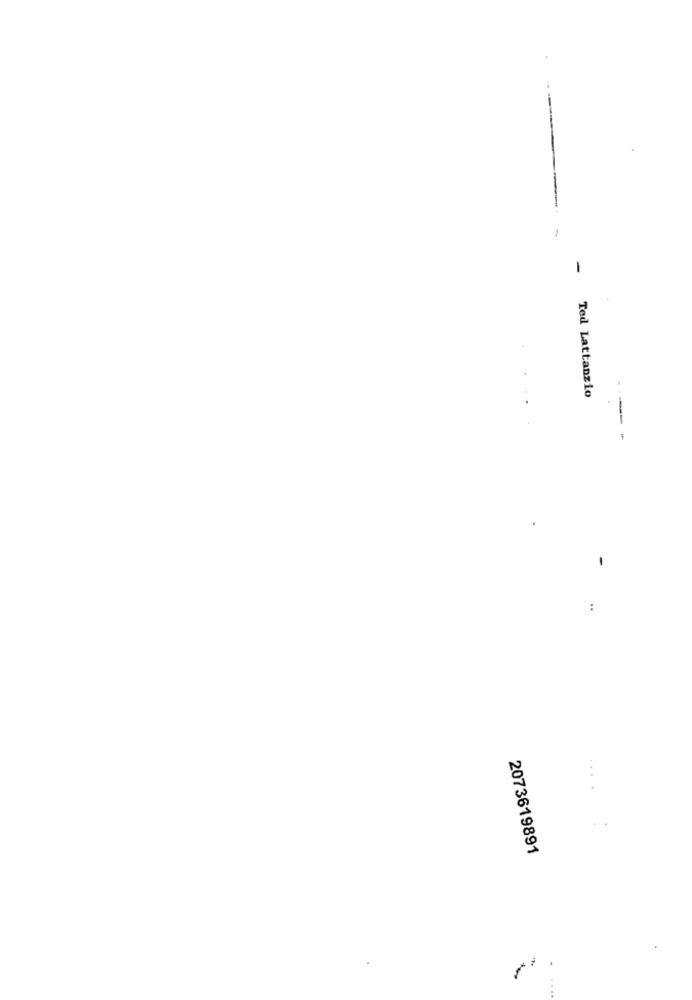
Ted Lattanzio
-- -
-
2073619891